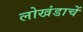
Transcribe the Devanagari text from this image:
लोखंडाचें